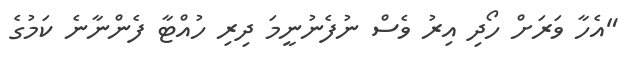
"އެހާ ވަރަށް ހޯދި އިރު ވެސް ނުފެނުނީމަ ދިރި ހުއްޓާ ފެންނާނެ ކަމުގެ